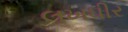
લખધીર